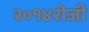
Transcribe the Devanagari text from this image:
२०१४रोजी